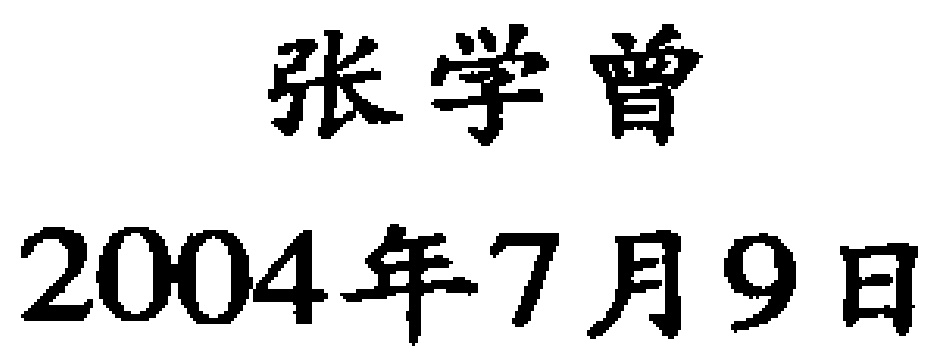
张学曾

2004年7月9日